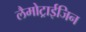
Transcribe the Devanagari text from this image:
लैमोट्राईजिन